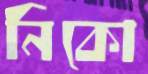
নিকো